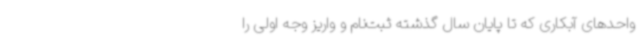
واحدهای آبکاری که تا پایان سال گذشته ثبت‌نام و واریز وجه اولی را